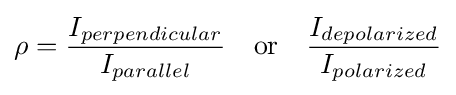
\rho ={\frac {I_{perpendicular}}{I_{parallel}}}\quad {\textrm {or}}\quad {\frac {I_{depolarized}}{I_{polarized}}}